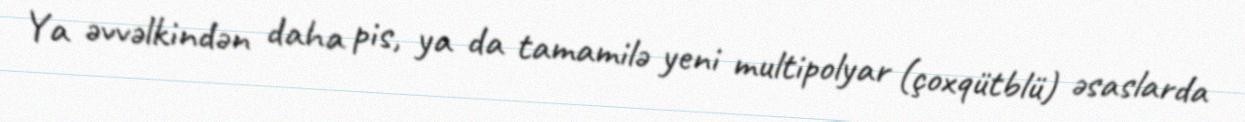
Ya əvvəlkindən daha pis, ya da tamamilə yeni multipolyar (çoxqütblü) əsaslarda